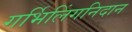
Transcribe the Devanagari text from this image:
गर्भिलिंगनिदान